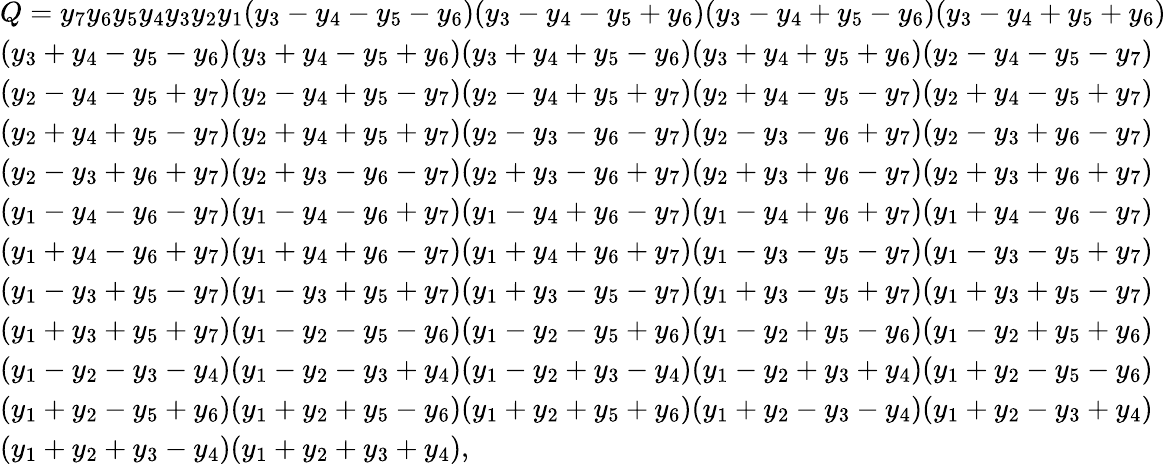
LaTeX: \begin{array}{l}{Q=y_{7}y_{6}y_{5}y_{4}y_{3}y_{2}y_{1}(y_{3}-y_{4}-y_{5}-y_{6})(y_{3}-y_{4}-y_{5}+y_{6})(y_{3}-y_{4}+y_{5}-y_{6})(y_{3}-y_{4}+y_{5}+y_{6})}\\ {(y_{3}+y_{4}-y_{5}-y_{6})(y_{3}+y_{4}-y_{5}+y_{6})(y_{3}+y_{4}+y_{5}-y_{6})(y_{3}+y_{4}+y_{5}+y_{6})(y_{2}-y_{4}-y_{5}-y_{7})}\\ {(y_{2}-y_{4}-y_{5}+y_{7})(y_{2}-y_{4}+y_{5}-y_{7})(y_{2}-y_{4}+y_{5}+y_{7})(y_{2}+y_{4}-y_{5}-y_{7})(y_{2}+y_{4}-y_{5}+y_{7})}\\ {(y_{2}+y_{4}+y_{5}-y_{7})(y_{2}+y_{4}+y_{5}+y_{7})(y_{2}-y_{3}-y_{6}-y_{7})(y_{2}-y_{3}-y_{6}+y_{7})(y_{2}-y_{3}+y_{6}-y_{7})}\\ {(y_{2}-y_{3}+y_{6}+y_{7})(y_{2}+y_{3}-y_{6}-y_{7})(y_{2}+y_{3}-y_{6}+y_{7})(y_{2}+y_{3}+y_{6}-y_{7})(y_{2}+y_{3}+y_{6}+y_{7})}\\ {(y_{1}-y_{4}-y_{6}-y_{7})(y_{1}-y_{4}-y_{6}+y_{7})(y_{1}-y_{4}+y_{6}-y_{7})(y_{1}-y_{4}+y_{6}+y_{7})(y_{1}+y_{4}-y_{6}-y_{7})}\\ {(y_{1}+y_{4}-y_{6}+y_{7})(y_{1}+y_{4}+y_{6}-y_{7})(y_{1}+y_{4}+y_{6}+y_{7})(y_{1}-y_{3}-y_{5}-y_{7})(y_{1}-y_{3}-y_{5}+y_{7})}\\ {(y_{1}-y_{3}+y_{5}-y_{7})(y_{1}-y_{3}+y_{5}+y_{7})(y_{1}+y_{3}-y_{5}-y_{7})(y_{1}+y_{3}-y_{5}+y_{7})(y_{1}+y_{3}+y_{5}-y_{7})}\\ {(y_{1}+y_{3}+y_{5}+y_{7})(y_{1}-y_{2}-y_{5}-y_{6})(y_{1}-y_{2}-y_{5}+y_{6})(y_{1}-y_{2}+y_{5}-y_{6})(y_{1}-y_{2}+y_{5}+y_{6})}\\ {(y_{1}-y_{2}-y_{3}-y_{4})(y_{1}-y_{2}-y_{3}+y_{4})(y_{1}-y_{2}+y_{3}-y_{4})(y_{1}-y_{2}+y_{3}+y_{4})(y_{1}+y_{2}-y_{5}-y_{6})}\\ {(y_{1}+y_{2}-y_{5}+y_{6})(y_{1}+y_{2}+y_{5}-y_{6})(y_{1}+y_{2}+y_{5}+y_{6})(y_{1}+y_{2}-y_{3}-y_{4})(y_{1}+y_{2}-y_{3}+y_{4})}\\ {(y_{1}+y_{2}+y_{3}-y_{4})(y_{1}+y_{2}+y_{3}+y_{4}),}\end{array}